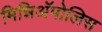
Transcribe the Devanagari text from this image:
मिन्निअॅपोलिस